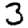
Digit: 3